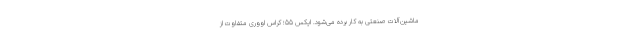
ماشین‌آلات صنعتی به کار برده می‌شود. ایکس 55؛ کراس اووری متفاوت از